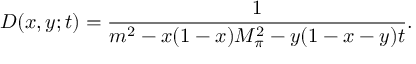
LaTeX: D ( x , y ; t ) = \frac { 1 } { m ^ { 2 } - x ( 1 - x ) M _ { \pi } ^ { 2 } - y ( 1 - x - y ) t } .